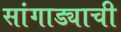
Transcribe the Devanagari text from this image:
सांगाड्याची